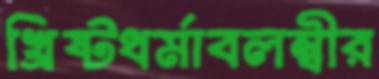
খ্রিষ্টধর্মাবলম্বীর